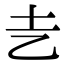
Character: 㐋